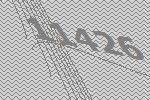
11426